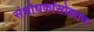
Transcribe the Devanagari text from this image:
संशोधकांसोबतच